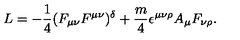
L = - \frac { 1 } { 4 } ( F _ { \mu \nu } F ^ { \mu \nu } ) ^ { \delta } + \frac { m } { 4 } \epsilon ^ { \mu \nu \rho } A _ { \mu } F _ { \nu \rho } .